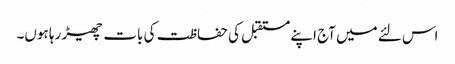
اس لئے میں آج اپنے مستقبل کی حفاظت کی بات چھیڑ رہا ہوں۔